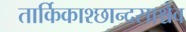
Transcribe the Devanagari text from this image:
तार्किकाश्छान्दसाश्चैव